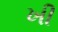
ખી